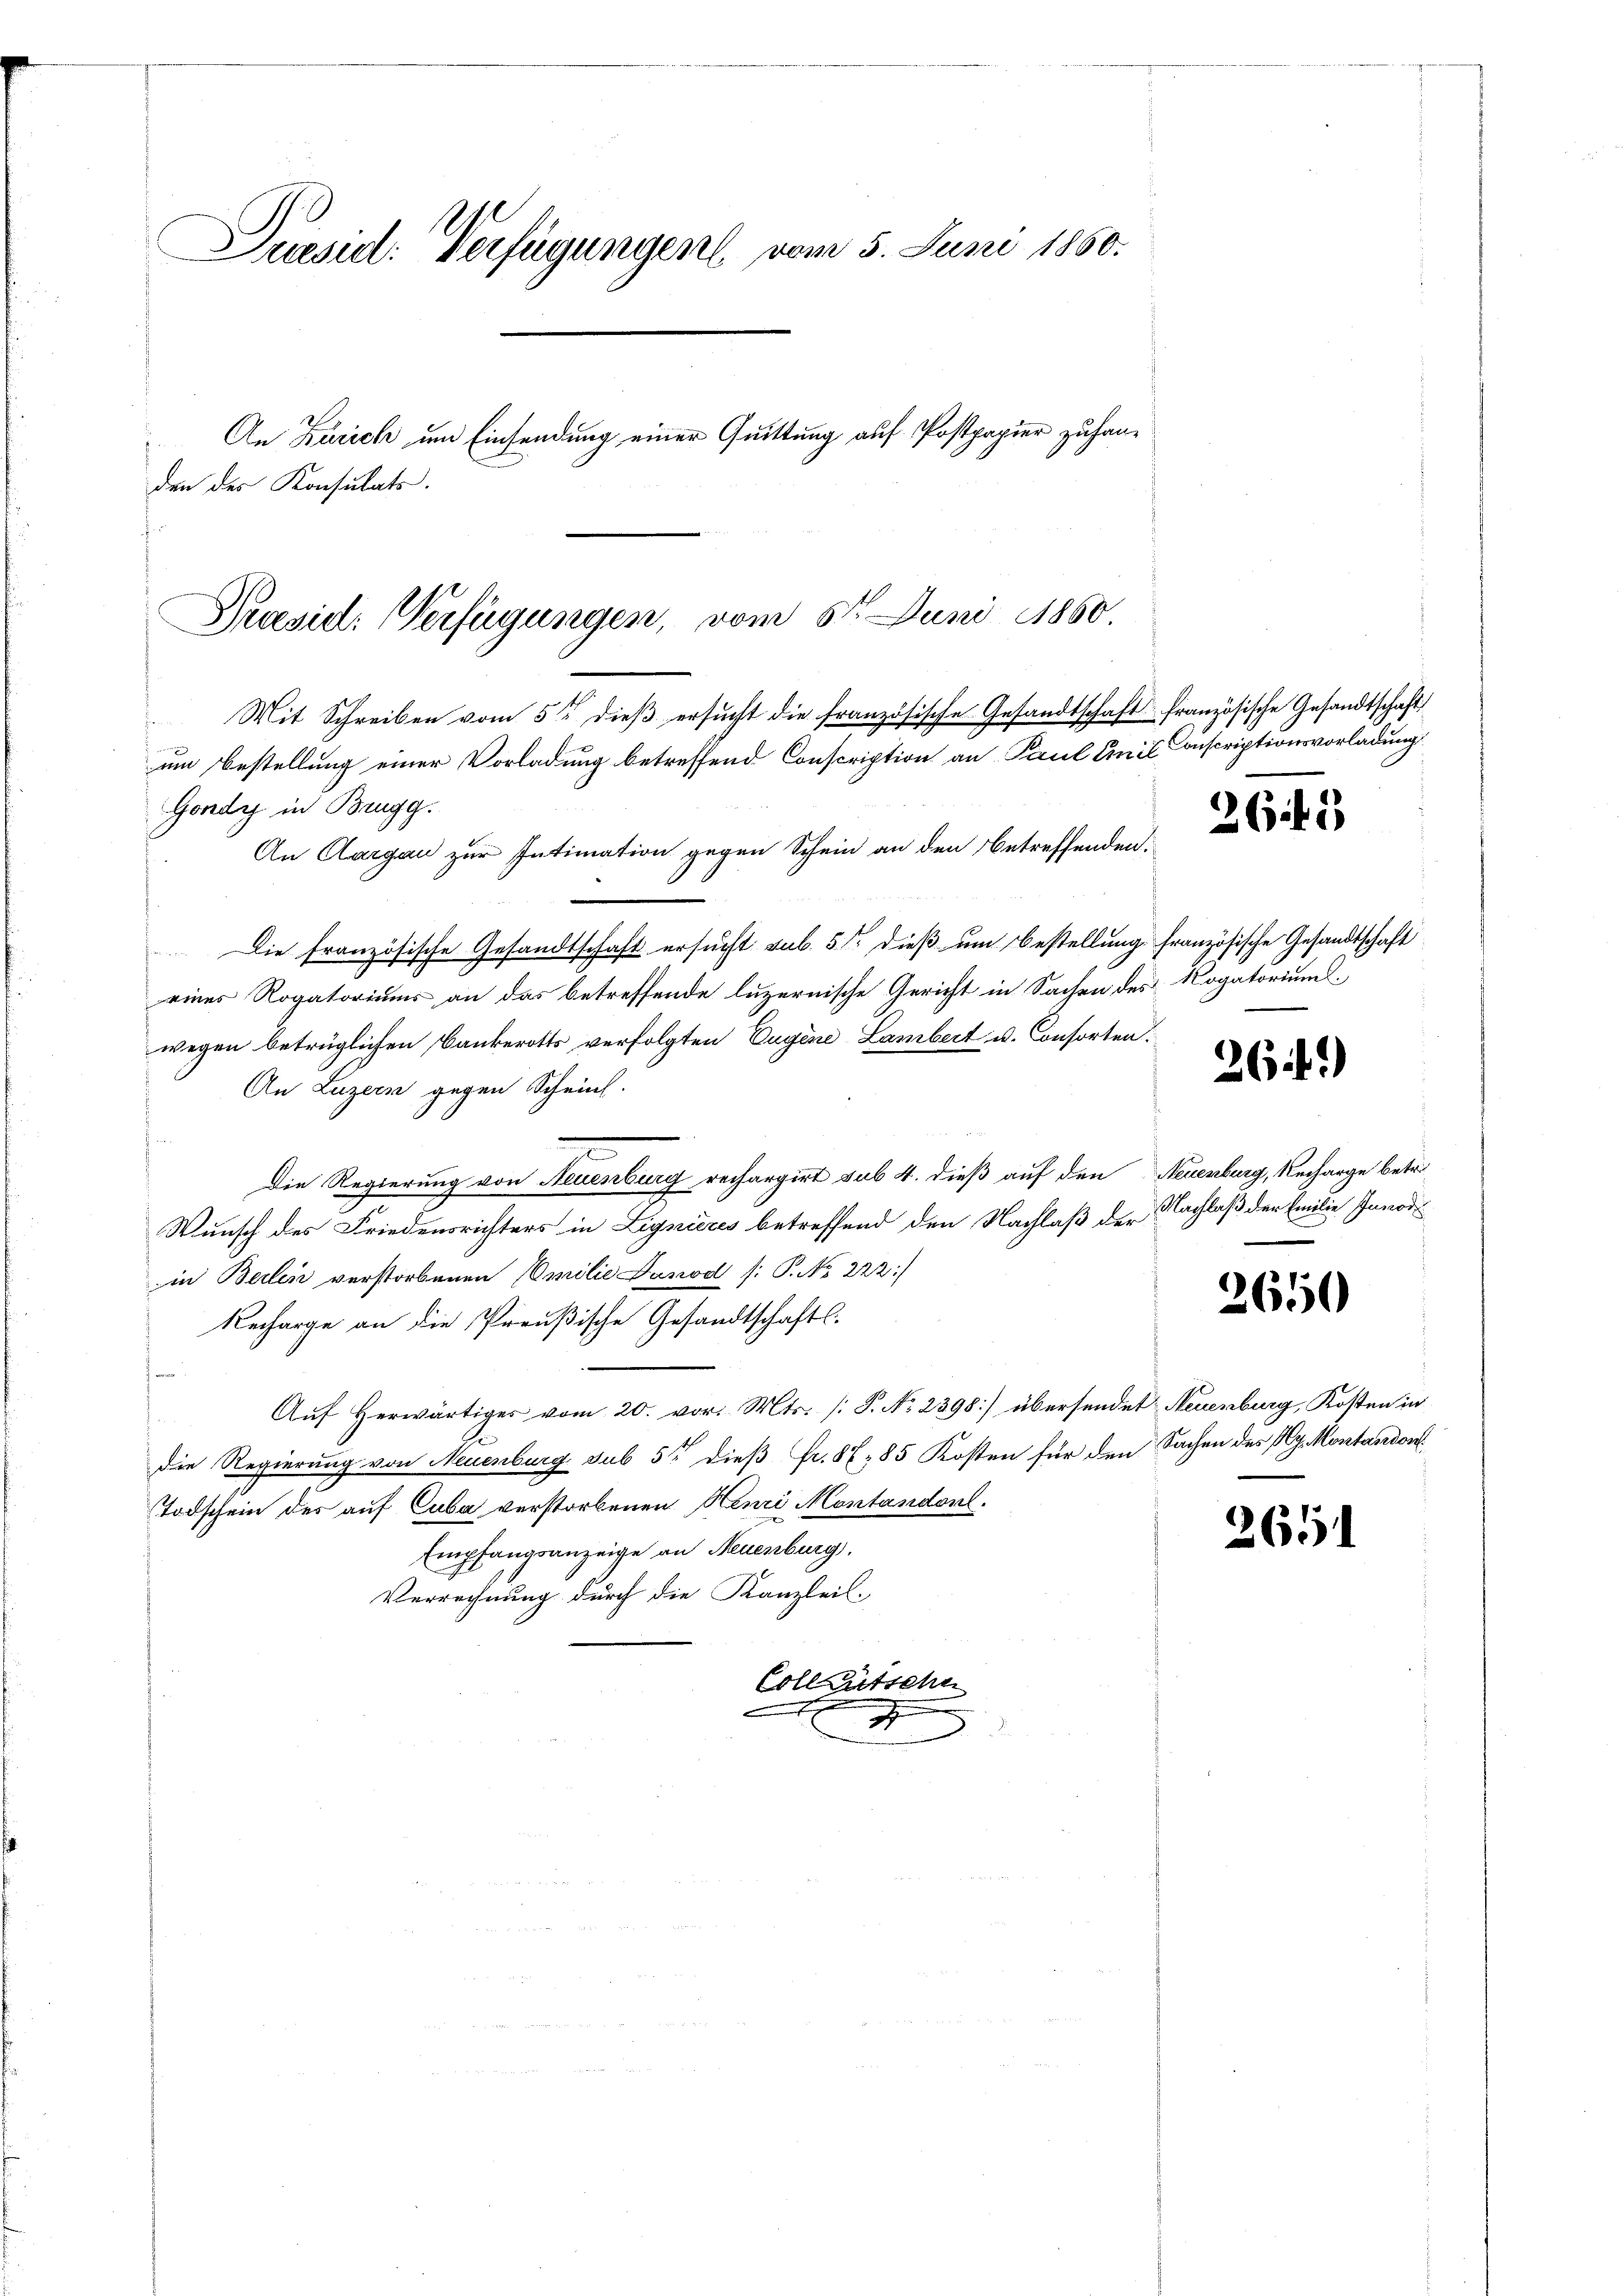
Puesid: Verfügungen vom 5. Juni 1850.
An Zürich um Einsendung einer Quittung auf Postpapier zu handen des Konsulats.
Praesid: Verfügungen, vom 5t Juni 1860.

um Bestellung einer Vorladung betreffend Conscription an Paul Emil Conscriptionsvorladung
Gondy in Brugg.
An Aargau zur Intimation gegen Schein an den Betreffenden.
Die französische Gesandtschaft ersucht sub. 5. dieß um Bestellung französische Gesandtschaft
eines Rogatoriums an das betreffende luzernische Gericht in Sachen des Rogatoriums
wegen betrüglichen Bankerotts verfolgten Eugene Lambert u. Consorten.
An Luzern gegen Scheint.
Die Regierung von Neuenburg rechargirt sub. 4. dieß auf den Neuenburg, Recharge betr.
Wunsch des Friedensrichters in Lignieres betreffend den Nachlaß der Nachlaß der Emilie Innodi
in Beilen verstorbenen Emilie Danod /: P. No 222
Recharge an die Preußische Gesandtschafts-
Aŭf herwärtiges vom 20. vor. Mts. /: P. Nr. 2398) übersendet Neuenburg, Kosten in
die Regierung von Neuenburg sub 5t dieß fr. 87, 85 Kosten für den Sachen des Ry. Montandon
Todschein des auf Cuba verstorbenen Henri Montandonl.
Empfangsanzeige an Neuenburg.
Verrechnung durch die Kanzleil-
Colleutsche
3

Mit Schreiben vom 5ten dieß ersucht die französische Gesandtschaft französische Gesandtschaft

2643

264)

2650

2651